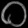
Digit: ၀